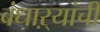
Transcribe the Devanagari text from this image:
बंधाऱ्यांची